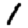
Digit: 1